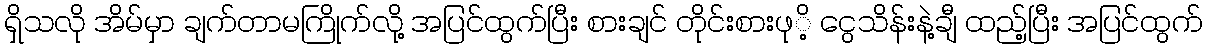
ရှိသလိုု အိမ်မှာ ချက်တာမကြိုက်လိုု့ အပြင်ထွက်ပြီး စားချင် တိုုင်းစားဖုုိ့ ငွေသိန်းနဲ့ချီ ထည့်ပြီး အပြင်ထွက်